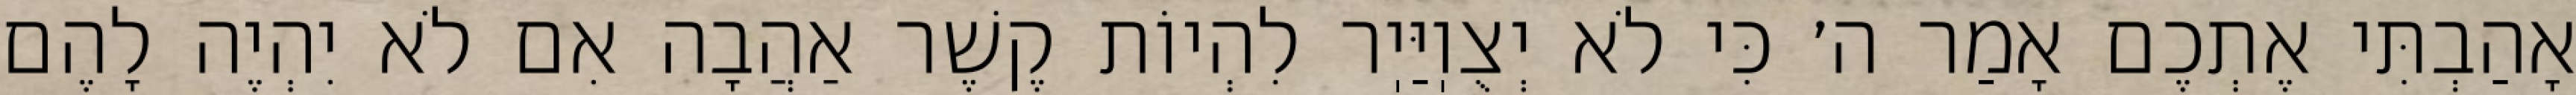
אָהַבְתִּי אֶתְכֶם אָמַר ה׳ כִּי לֹא יְצֻוֽיַּיֽר לִהְיוֹת קֶשֶׁר אַהֲבָה אִם לֹא יִהְיֶה לָהֶם